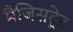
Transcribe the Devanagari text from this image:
मैजिसट्रेट